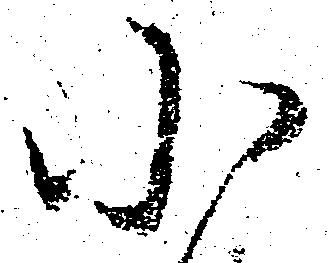
小